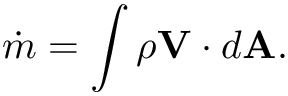
{ \dot { m } } = \int \rho \mathbf { V } \cdot d \mathbf { A } .